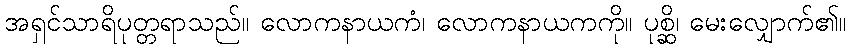
အရှင်သာရိပုတ္တရာသည်။ လောကနာယကံ၊ လောကနာယကကို။ ပုစ္ဆိ၊ မေးလျှောက်၏။